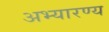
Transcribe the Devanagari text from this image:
अभ्यारण्य